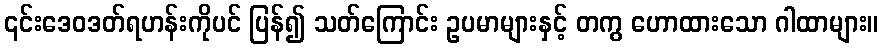
၎င်းဒေဝဒတ်ရဟန်းကိုပင် ပြန်၍ သတ်ကြောင်း ဥပမာများနှင့် တကွ ဟောထားသော ဂါထာများ။